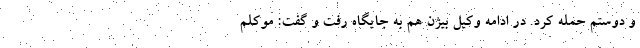
و دوستم حمله کرد. در ادامه وکیل بیژن هم به جایگاه رفت و گفت: موکلم